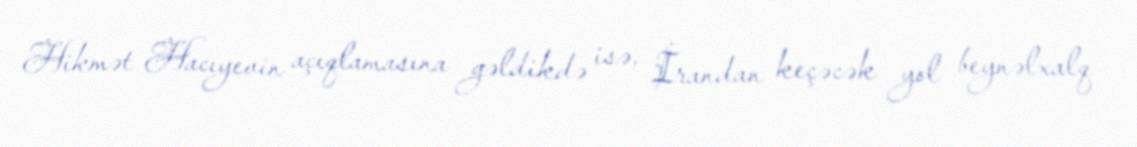
Hikmət Hacıyevin açıqlamasına gəldikdə isə, İrandan keçəcək yol beynəlxalq